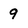
Character: 9